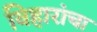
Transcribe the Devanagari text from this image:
विहारांचा